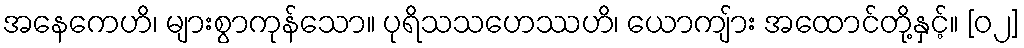
အနေကေဟိ၊ များစွာကုန်သော။ ပုရိသသဟေဿဟိ၊ ယောကျ်ား အထောင်တို့နှင့်။ [၀၂]